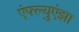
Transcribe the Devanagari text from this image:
एंफ्ल्युएंझा